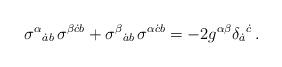
LaTeX: \begin{align*}\sigma^\alpha{}_{\dot a b}\,\sigma^{\beta\dot c b}+\sigma^\beta{}_{\dot a b}\,\sigma^{\alpha\dot c b}=-2g^{\alpha\beta}\delta_{\dot a}{}^{\dot c}\,.\end{align*}